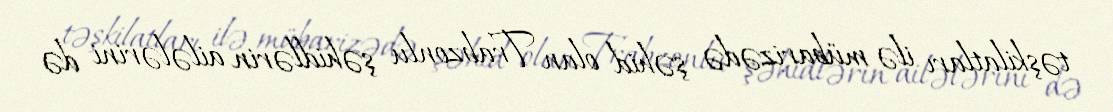
təşkilatları ilə mübarizədə şəhid olan Trabzonlu şəhidlərin ailələrini də